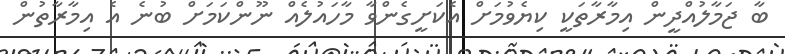
ބާ ޖަމާލުއްދީން އިމާރާތަކީ ކިޔެވުމަށް އެކަށީގެންވާ މާހައުލެއް ނޫންކަމަށް ބުނެ އެ އިމާރާތުން